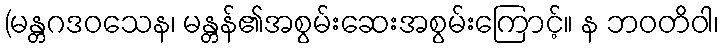
(မန္တဂဒဝသေန၊ မန္တန်၏အစွမ်းဆေးအစွမ်းကြောင့်။ န ဘဝတိဝါ၊